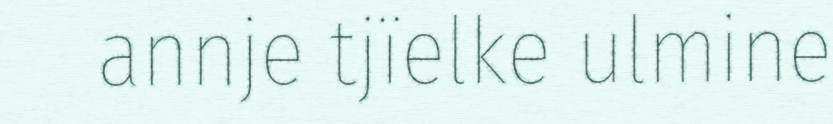
annje tjïelke ulmine